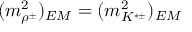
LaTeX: ( { m _ { \rho ^ { \pm } } ^ { 2 } } ) _ { E M } = ( { m _ { K ^ { * \pm } } ^ { 2 } } ) _ { E M }